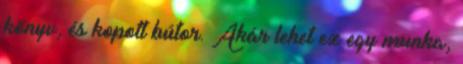
könyv, és kopott bútor. Akár lehet ez egy munka,